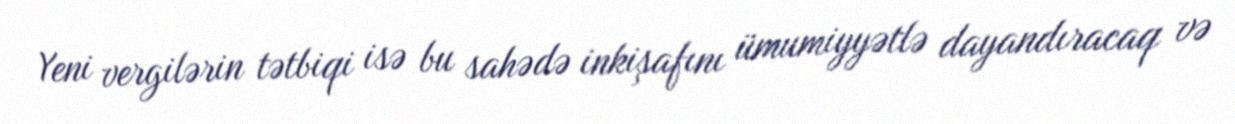
Yeni vergilərin tətbiqi isə bu sahədə inkişafını ümumiyyətlə dayandıracaq və